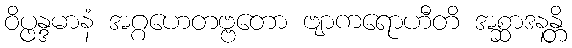
ဝိပ္ဖန္ဒမာနံ အဂ္ဂဟေတဗ္ဗတော ဗျာကရောဟီတိ အစ္ဆာဒနန္တိ